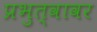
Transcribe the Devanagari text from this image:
प्रभुत्वावर